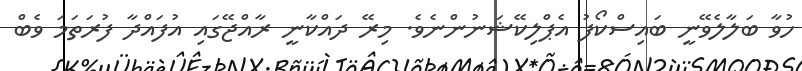
ހުވާ ބަލާލެވޭނީ ބައިސްކޯފު އެޕްލިކޭޝަނުންނެވެ. މިރޭ ދައްކާނީ ރާއްޖޭގައި އުފައްދާ ފުރަތަމަ ވެބް